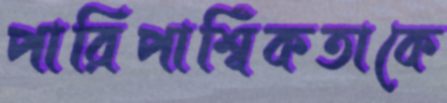
পারিপার্শ্বিকতাকে